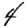
Digit: 4